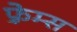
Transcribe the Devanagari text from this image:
फ़्रेम्स